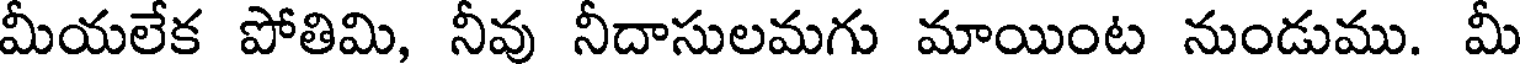
మీయలేక పోతిమి, నీవు నీదాసులమగు మాయింట నుండుము. మీ